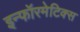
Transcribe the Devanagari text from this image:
इन्‍फॉरमेटिक्‍स